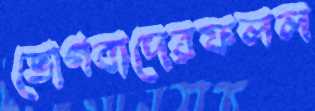
ভোগবাদেরফলল